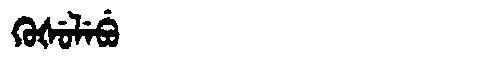
Manchu: ᡴᡠᡧᡠᠯᡝᠪᡠ
Romanization: KUŠULEBU